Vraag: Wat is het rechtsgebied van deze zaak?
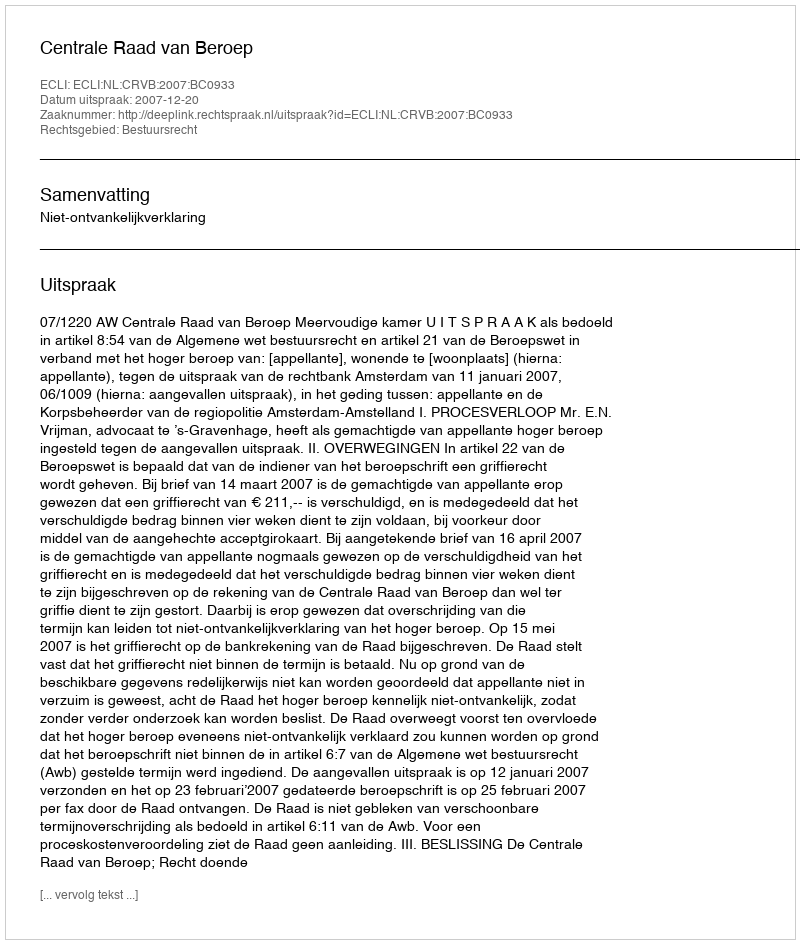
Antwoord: Bestuursrecht